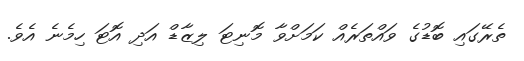
ތެރޭގައި ބޮޑުގެ ވައްތަރެއް ކަމަށްވާ މޮނިޓަ ލިޒާޑް އަދި އޮޓަ ހިމެނެ އެވެ.